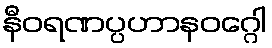
နီဝရဏပ္ပဟာနဝဂ္ဂေါ